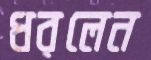
ধরলেন